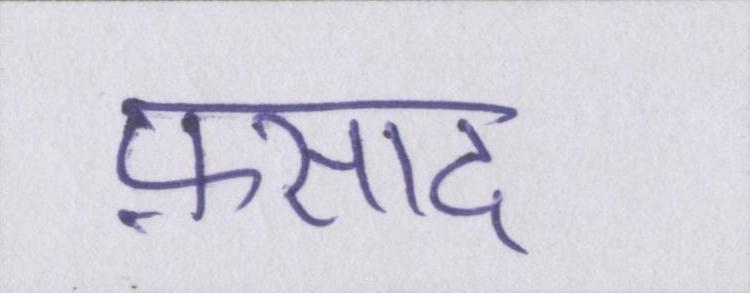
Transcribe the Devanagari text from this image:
फ़साद